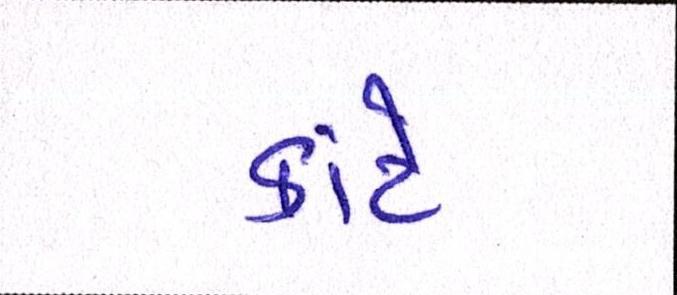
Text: કાંટે